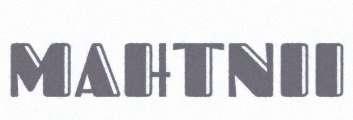
MAHTNII